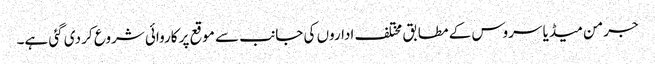
جرمن میڈیا سروس کے مطابق مختلف اداروں کی جانب سے موقع پر کاروائی شروع کر دی گئی ہے۔